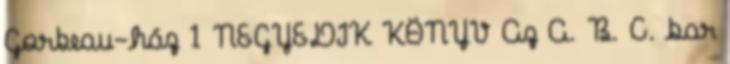
Gorbeau-ház 1 NEGYEDIK KÖNYV Az A. B. C. bar